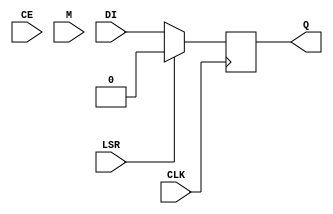
module OXIDE_FF(input CLK, LSR, CE, DI, M, output reg Q);
	parameter GSR = "ENABLED";
	parameter [127:0] CEMUX = "1";
	parameter CLKMUX = "CLK";
	parameter LSRMUX = "LSR";
	parameter REGDDR = "DISABLED";
	parameter SRMODE = "LSR_OVER_CE";
	parameter REGSET = "RESET";
	parameter [127:0] LSRMODE = "LSR";
	wire muxce;
	generate
		case (CEMUX)
			"1": assign muxce = 1'b1;
			"0": assign muxce = 1'b0;
			"INV": assign muxce = ~CE;
			default: assign muxce = CE;
		endcase
	endgenerate
	wire muxlsr = (LSRMUX == "INV") ? ~LSR : LSR;
	wire muxclk = (CLKMUX == "INV") ? ~CLK : CLK;
	wire srval;
	generate
		if (LSRMODE == "PRLD")
			assign srval = M;
		else
			assign srval = (REGSET == "SET") ? 1'b1 : 1'b0;
	endgenerate
	initial Q = srval;
	generate
		if (REGDDR == "ENABLED") begin
			if (SRMODE == "ASYNC") begin
				always @(posedge muxclk, negedge muxclk, posedge muxlsr)
					if (muxlsr)
						Q <= srval;
					else if (muxce)
						Q <= DI;
			end else begin
				always @(posedge muxclk, negedge muxclk)
					if (muxlsr)
						Q <= srval;
					else if (muxce)
						Q <= DI;
			end
		end else begin
			if (SRMODE == "ASYNC") begin
				always @(posedge muxclk, posedge muxlsr)
					if (muxlsr)
						Q <= srval;
					else if (muxce)
						Q <= DI;
			end else begin
				always @(posedge muxclk)
					if (muxlsr)
						Q <= srval;
					else if (muxce)
						Q <= DI;
			end
		end
	endgenerate
endmodule